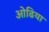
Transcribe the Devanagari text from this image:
ओढिया